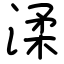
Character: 渘